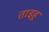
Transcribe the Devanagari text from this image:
ताइहू